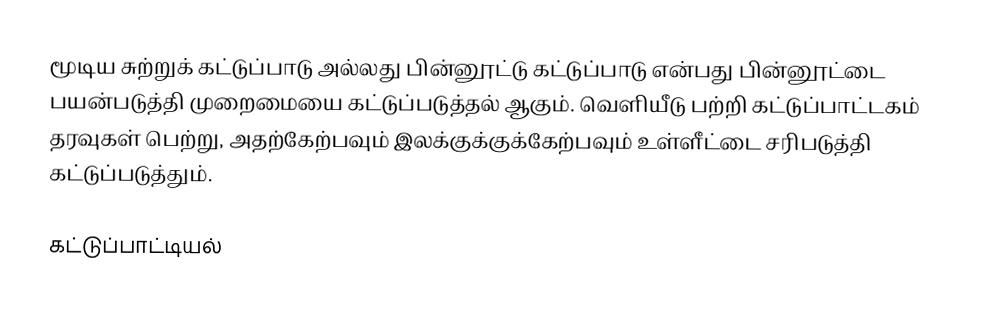
மூடிய சுற்றுக் கட்டுப்பாடு அல்லது பின்னூட்டு கட்டுப்பாடு என்பது பின்னூட்டை பயன்படுத்தி முறைமையை கட்டுப்படுத்தல் ஆகும்.  வெளியீடு பற்றி கட்டுப்பாட்டகம் தரவுகள் பெற்று, அதற்கேற்பவும் இலக்குக்குக்கேற்பவும் உள்ளீட்டை சரிபடுத்தி கட்டுப்படுத்தும்.

கட்டுப்பாட்டியல்